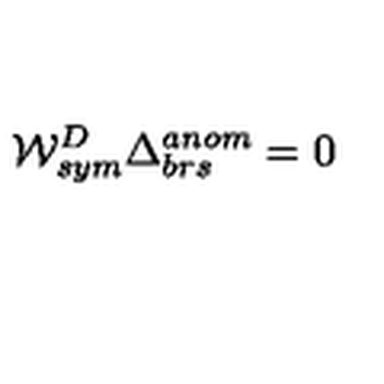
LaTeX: { \cal W } _ { s y m } ^ { D } \Delta _ { b r s } ^ { a n o m } = 0